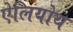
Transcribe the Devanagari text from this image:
ऐलियोथ